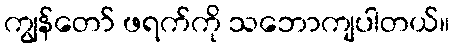
ကျွန်တော် ဖရက်ကို သဘောကျပါတယ်။